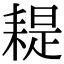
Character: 𦔂